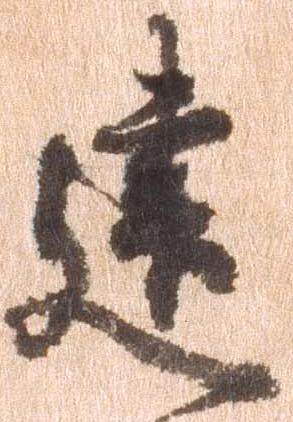
建